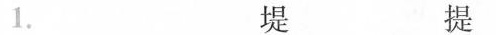
1. 堤 提